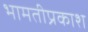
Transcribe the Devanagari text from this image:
भामतीप्रकाश